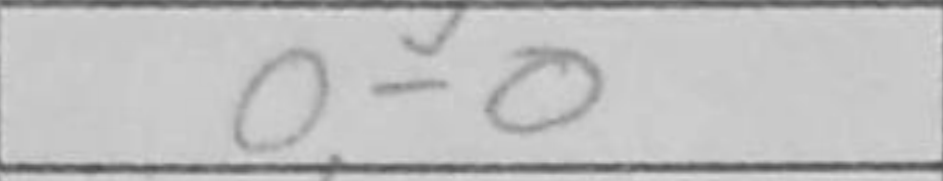
Transcription: O-O